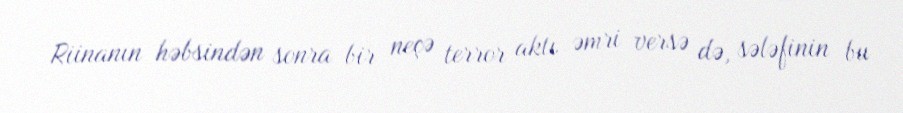
Riinanın həbsindən sonra bir neçə terror aktı əmri versə də, sələfinin bu